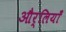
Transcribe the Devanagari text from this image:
और्लियाँ